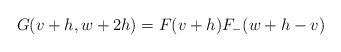
LaTeX: \begin{align*}G(v+h,w+2h)=F(v+h)F_{-}(w+h-v)\end{align*}